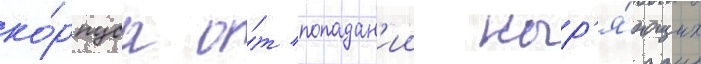
ко́рпуса о́т попадан'ии ныр'я́ющих